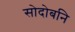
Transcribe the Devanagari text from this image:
सोदोबनि